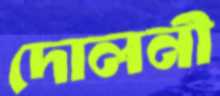
দোলনী